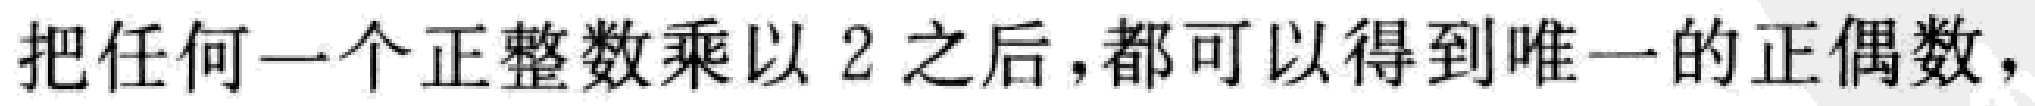
把任何一个正整数乘以 \(2\) 之后，都可以得到唯一的正偶数，